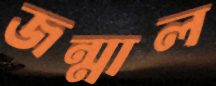
জন্মাল